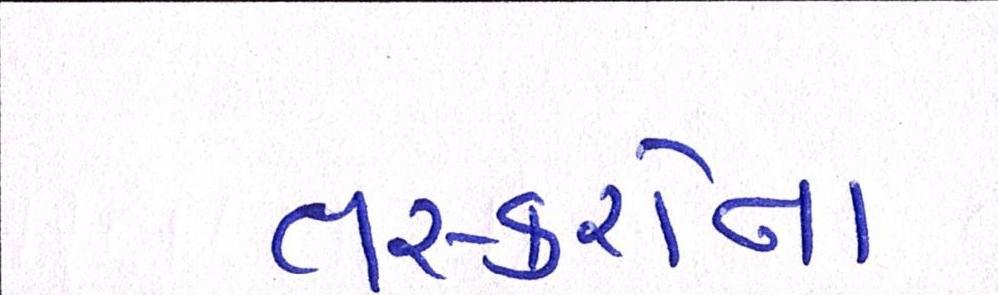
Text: તસ્કરોના